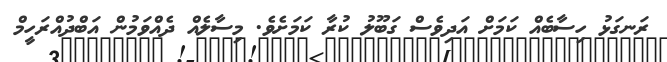
ރަނގަޅު ހިސާބެއް ކަމަށް އަދިވެސް ގަބޫލު ކުރާ ކަމަށެވެ. މިސާލެއް ދެއްވަމުން އަބްދުއްރަހީމް